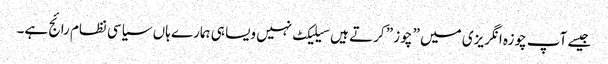
جیسے آپ چوزہ انگریزی میں ” چوز ” کرتے ہیں سیلیکٹ نہیں ویسا ہی ہمارے ہاں سیاسی نظام رائج ہے۔